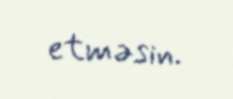
etməsin.